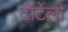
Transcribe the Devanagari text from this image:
टॉर्टेली